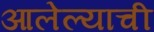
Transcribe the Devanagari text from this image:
आलेल्याची